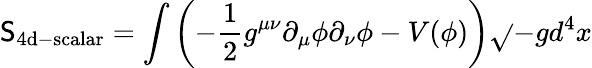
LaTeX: \mathsf{S}_{\mathrm{{4d-scalar}}}=\int{\left(-{\frac{{1}}{{2}}}g^{\mu\nu}\partial_{\mu}\phi\partial_{\nu}\phi-V(\phi)\right)\sqrt{}{{-g}}d^{4}x}